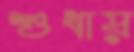
শুধায়